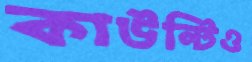
কাউন্টিও